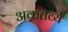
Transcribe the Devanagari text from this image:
अकत्तर्व्य